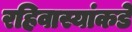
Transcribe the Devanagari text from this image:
रहिवास्यांकडे